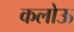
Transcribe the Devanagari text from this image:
कलोऊ